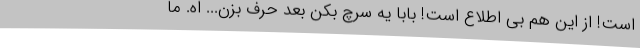
است! از این هم بی اطلاع است! بابا یه سرچ بکن بعد حرف بزن... اَه. ما